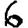
Digit: 6